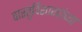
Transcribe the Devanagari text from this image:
वास्तुविशारदांच्या